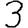
Digit: 3